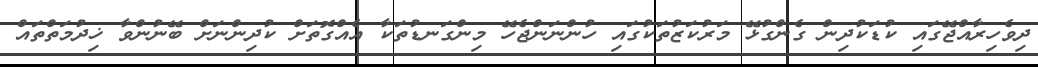
ދިވެހިރާއްޖޭގައި ކުޑަކުދިން ގެންގުޅޭ މަރުކަޒުތަކުގައި ހުންނަންޖެހޭ މިންގަނޑުތަކާ އެއްގޮތަށް ކުދިންނަށް ބޭނުންވާ ޚިދުމަތްތައް